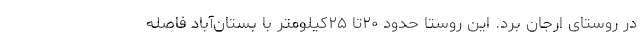
در روستای ارجان برد. این روستا حدود ۲۰تا ۲۵کیلومتر با بستان‌آباد فاصله